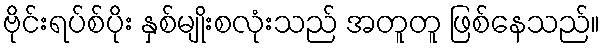
ဗိုင်းရပ်စ်ပိုး နှစ်မျိုးစလုံးသည် အတူတူ ဖြစ်နေသည်။